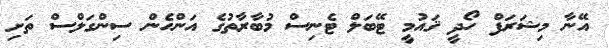
އޭނާ މިޝަރަފް ހޯދީ ޤައުމީ ޓޭބަލް ޓެނިސް މުބާރާތުގެ އަންހެން ސިންގަލްސް ތަށި